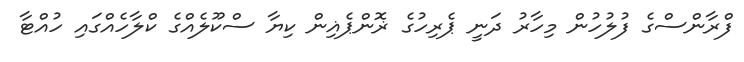
ފްރާންސްގެ ފުލުހުން މިހާރު ދަނީ ޕެރިހުގެ ޜޮންޕެޣިން ކިޔާ ސްކޫލެއްގެ ކްލާހެއްގައި ހުއްޓާ